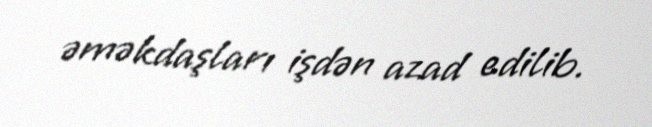
əməkdaşları işdən azad edilib.